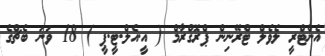
އެންޓްރީ ލެވެލް ޓްރޭނިން ޕްރޮގްރާމް ( އީ.އެލް.ޓީ.ޕީ ) 18 ވަނަ ބެޗްގެ